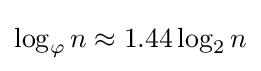
\log _{\varphi }n\approx 1.44\log _{2}n